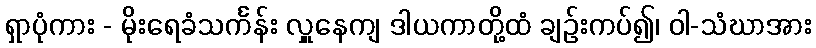
ရှာပုံကား - မိုးရေခံသင်္ကန်း လှူနေကျ ဒါယကာတို့ထံ ချဉ်းကပ်၍၊ ဝါ-သံဃာအား